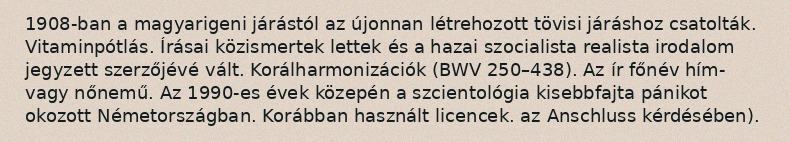
1908-ban a magyarigeni járástól az újonnan létrehozott tövisi járáshoz csatolták. Vitaminpótlás. Írásai közismertek lettek és a hazai szocialista realista irodalom jegyzett szerzőjévé vált. Korálharmonizációk (BWV 250–438). Az ír főnév hím- vagy nőnemű. Az 1990-es évek közepén a szcientológia kisebbfajta pánikot okozott Németországban. Korábban használt licencek. az Anschluss kérdésében).